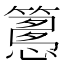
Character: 𥴳